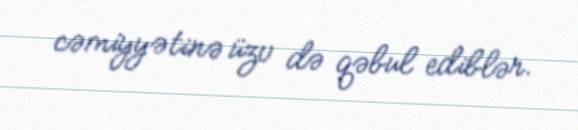
cəmiyyətinə üzv də qəbul ediblər.